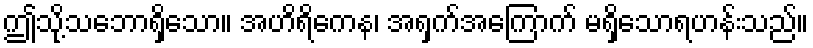
ဤသို့သဘောရှိသော။ အဟိရိကေန၊ အရှက်အကြောက် မရှိသောရဟန်းသည်။